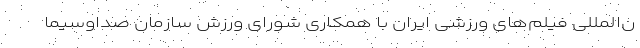
ن‌المللی فیلم‌های ورزشی ایران با همکاری شورای ورزش سازمان صداوسیما